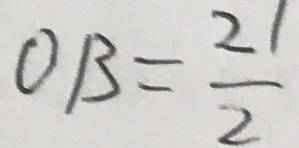
O B = \frac { 2 1 } { 2 }